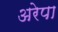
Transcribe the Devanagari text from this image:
अरेपा